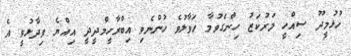
ހުޅުމީދޫ ސިއްހީ މަރުކަޒު ހިންގެވުމާ ހަވާލުވެ ހުންނެވި އިބްރާހީމްދީދީ އިއްޔެ ވިދާޅުވީ އެ